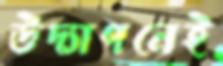
উদ্যাপনেই